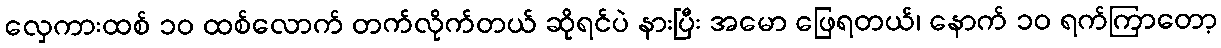
လှေကားထစ် ၁၀ ထစ်လောက် တက်လိုက်တယ် ဆိုရင်ပဲ နားပြီး အမော ဖြေရတယ်၊ နောက် ၁၀ ရက်ကြာတော့